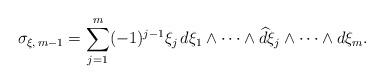
LaTeX: \begin{align*}\sigma_{\xi, \, m-1} = \sum_{j=1}^m (-1)^{j-1} \xi_j \, d\xi_1 \wedge \cdots \wedge {\widehat d \xi_j} \wedge \cdots \wedge d \xi_m. \end{align*}